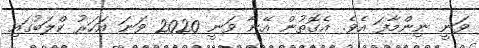
ވަނީ ނިންމާފަ އެވެ. އެގޮތުން އޭނާ ވަނީ 2020 ވަނަ އަހަރު ކްލަބުގައި